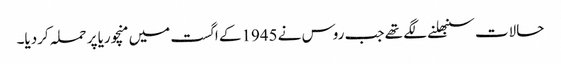
حالات سنبھلنے لگے تھے جب روس نے 1945کے اگست میں منچوریا پر حملہ کردیا۔